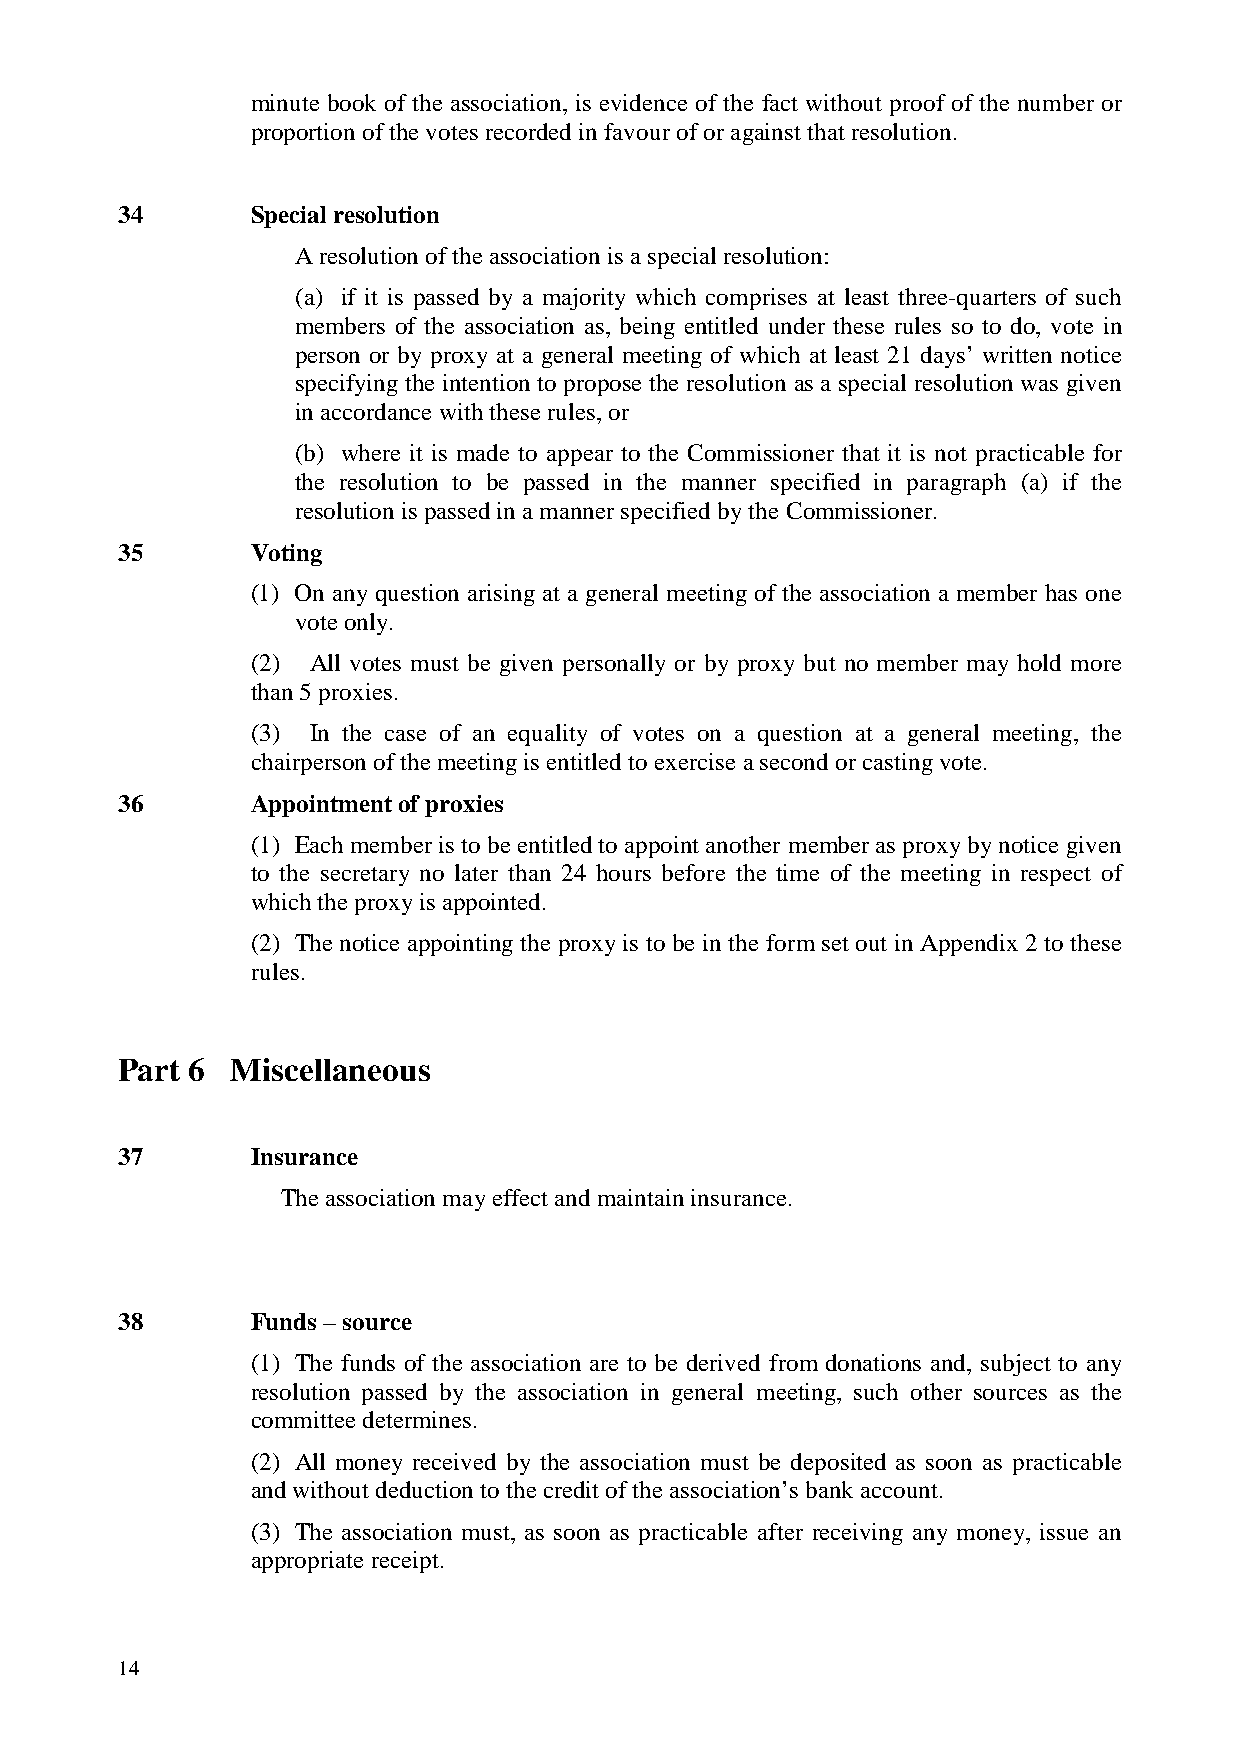
minute book of the association, is evidence of the fact without proof of the number or
 proportion of the votes recorded in favour of or against that resolution.
 34       Special resolution
 A resolution of the association is a special resolution:
 (a) if it is passed by a majority which comprises at least three-quarters of such
 members of the association as, being entitled under these rules so to do, vote in
 person or by proxy at a general meeting of which at least 21 days’ written notice
 specifying the intention to propose the resolution as a special resolution was given
 in accordance with these rules, or
 (b) where it is made to appear to the Commissioner that it is not practicable for
 the resolution to be passed in the manner specified in paragraph (a) if the
 resolution is passed in a manner specified by the Commissioner.
 35       Voting
 (1) On any question arising at a general meeting of the association a member has one
 vote only.
 (2) All votes must be given personally or by proxy but no member may hold more
 than 5 proxies.
 (3) In the case of an equality of votes on a question at a general meeting, the
 chairperson of the meeting is entitled to exercise a second or casting vote.
 36       Appointment of proxies
 (1) Each member is to be entitled to appoint another member as proxy by notice given
 to the secretary no later than 24 hours before the time of the meeting in respect of
 which the proxy is appointed.
 (2) The notice appointing the proxy is to be in the form set out in Appendix 2 to these
 rules.
 Part 6 Miscellaneous
 37       Insurance
 The association may effect and maintain insurance.
 38       Funds – source
 (1) The funds of the association are to be derived from donations and, subject to any
 resolution passed by the association in general meeting, such other sources as the
 committee determines.
 (2) All money received by the association must be deposited as soon as practicable
 and without deduction to the credit of the association’s bank account.
 (3) The association must, as soon as practicable after receiving any money, issue an
 appropriate receipt.
 14